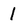
Character: l